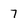
Character: 7